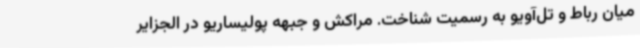
میان رباط و تل‌آویو به رسمیت شناخت. مراکش و جبهه پولیساریو در الجزایر